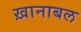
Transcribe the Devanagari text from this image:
ख़ानाबल